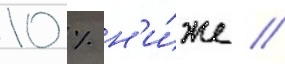
10 % н'и́же /